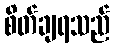
စိတ်ချရသည်